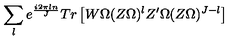
\sum _ { l } e ^ { \frac { i 2 \pi l n } { J } } T r \left[ W \Omega ( Z \Omega ) ^ { l } Z ^ { \prime } \Omega ( Z \Omega ) ^ { J - l } \right]